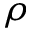
\rho